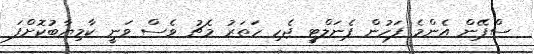
ސްޕޭން އެންމެ ފަހުން ޕެނަލްޓީ ޖެހި ހަތަރު މެޗު ވެސް ވަނީ ކާމިޔާބުކޮށްފަ